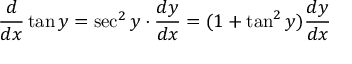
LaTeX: { \frac { d } { d x } } \tan y = \sec ^ { 2 } y \cdot { \frac { d y } { d x } } = ( 1 + \tan ^ { 2 } y ) { \frac { d y } { d x } }